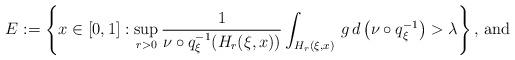
LaTeX: \begin{align*}E := \left\{ x \in [0,1] : \sup _{r > 0} \frac{1}{ \nu \circ q _\xi ^{-1} ( H _r ( \xi , x ))} \int _{H _r ( \xi , x )} \, g \, d \left( \nu \circ q _\xi ^{-1} \right) > \lambda \right\} \mbox{, and}\end{align*}